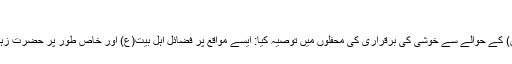
[19]
آیت اللہ محمد تقی بہجت نے بھی حضرت زہرا(س) کے حوالے سے خوشی کی برقراری کی محفلوں میں توصیہ کیا: ایسے مواقع پر فضائل اہل بیت(ع) اور خاص طور پر حضرت زہرا(س) کے فضائل اور حدیث ثقلین بیان کی جائے۔